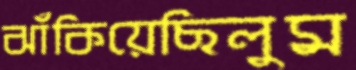
ঝাঁকিয়েছিলুম